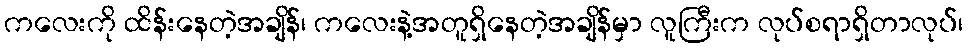
ကလေးကို ထိန်းနေတဲ့အချိန်၊ ကလေးနဲ့အတူရှိနေတဲ့အချိန်မှာ လူကြီးက လုပ်စရာရှိတာလုပ်၊